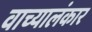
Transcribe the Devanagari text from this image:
वाच्यालंकार